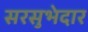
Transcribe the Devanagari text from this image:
सरसुभेदार